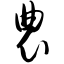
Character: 农